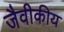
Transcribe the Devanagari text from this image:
जैवीकीय